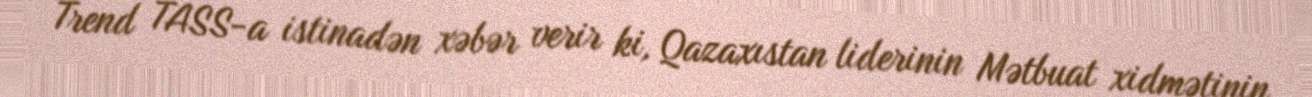
Trend TASS-a istinadən xəbər verir ki, Qazaxıstan liderinin Mətbuat xidmətinin